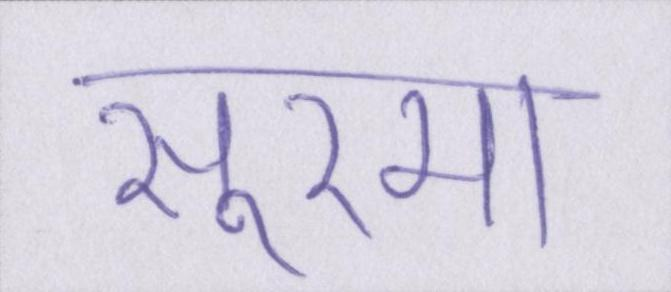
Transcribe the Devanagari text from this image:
सूरमा